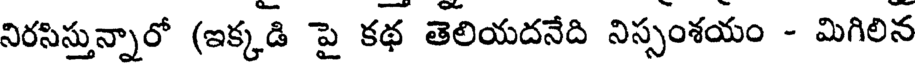
నిరసిస్తున్నారో (ఇక్కడి పై కథ తెలియదనేది నిస్సంశయం - మిగిలిన